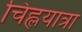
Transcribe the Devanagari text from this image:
चिह्लयात्रा